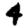
Digit: 4